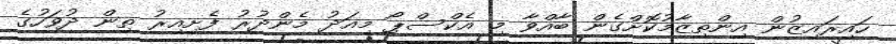
ހައިރައިޒުން އިންތިޒާމުކޮށްގެން ބާއްވާ މި އެކްސްޕޯ މިއަދު މެންދުރު ފެށިއިރު ތިން ދުވަހުގެ